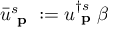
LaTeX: { \bar { u } } _ { \textbf { p } } ^ { s } : = u _ { \textbf { p } } ^ { \dagger s } \beta